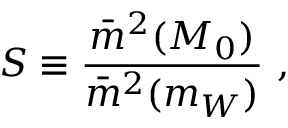
S \equiv \frac { \bar { m } ^ { 2 } ( M _ { 0 } ) } { \bar { m } ^ { 2 } ( m _ { W } ) } \ ,